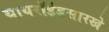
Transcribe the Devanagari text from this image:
थायरॉईडसारखे